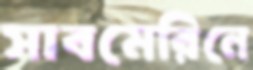
সাবমেরিনে